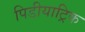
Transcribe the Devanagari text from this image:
पिडीयाट्रिक